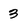
Character: 3